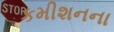
કમીશનના